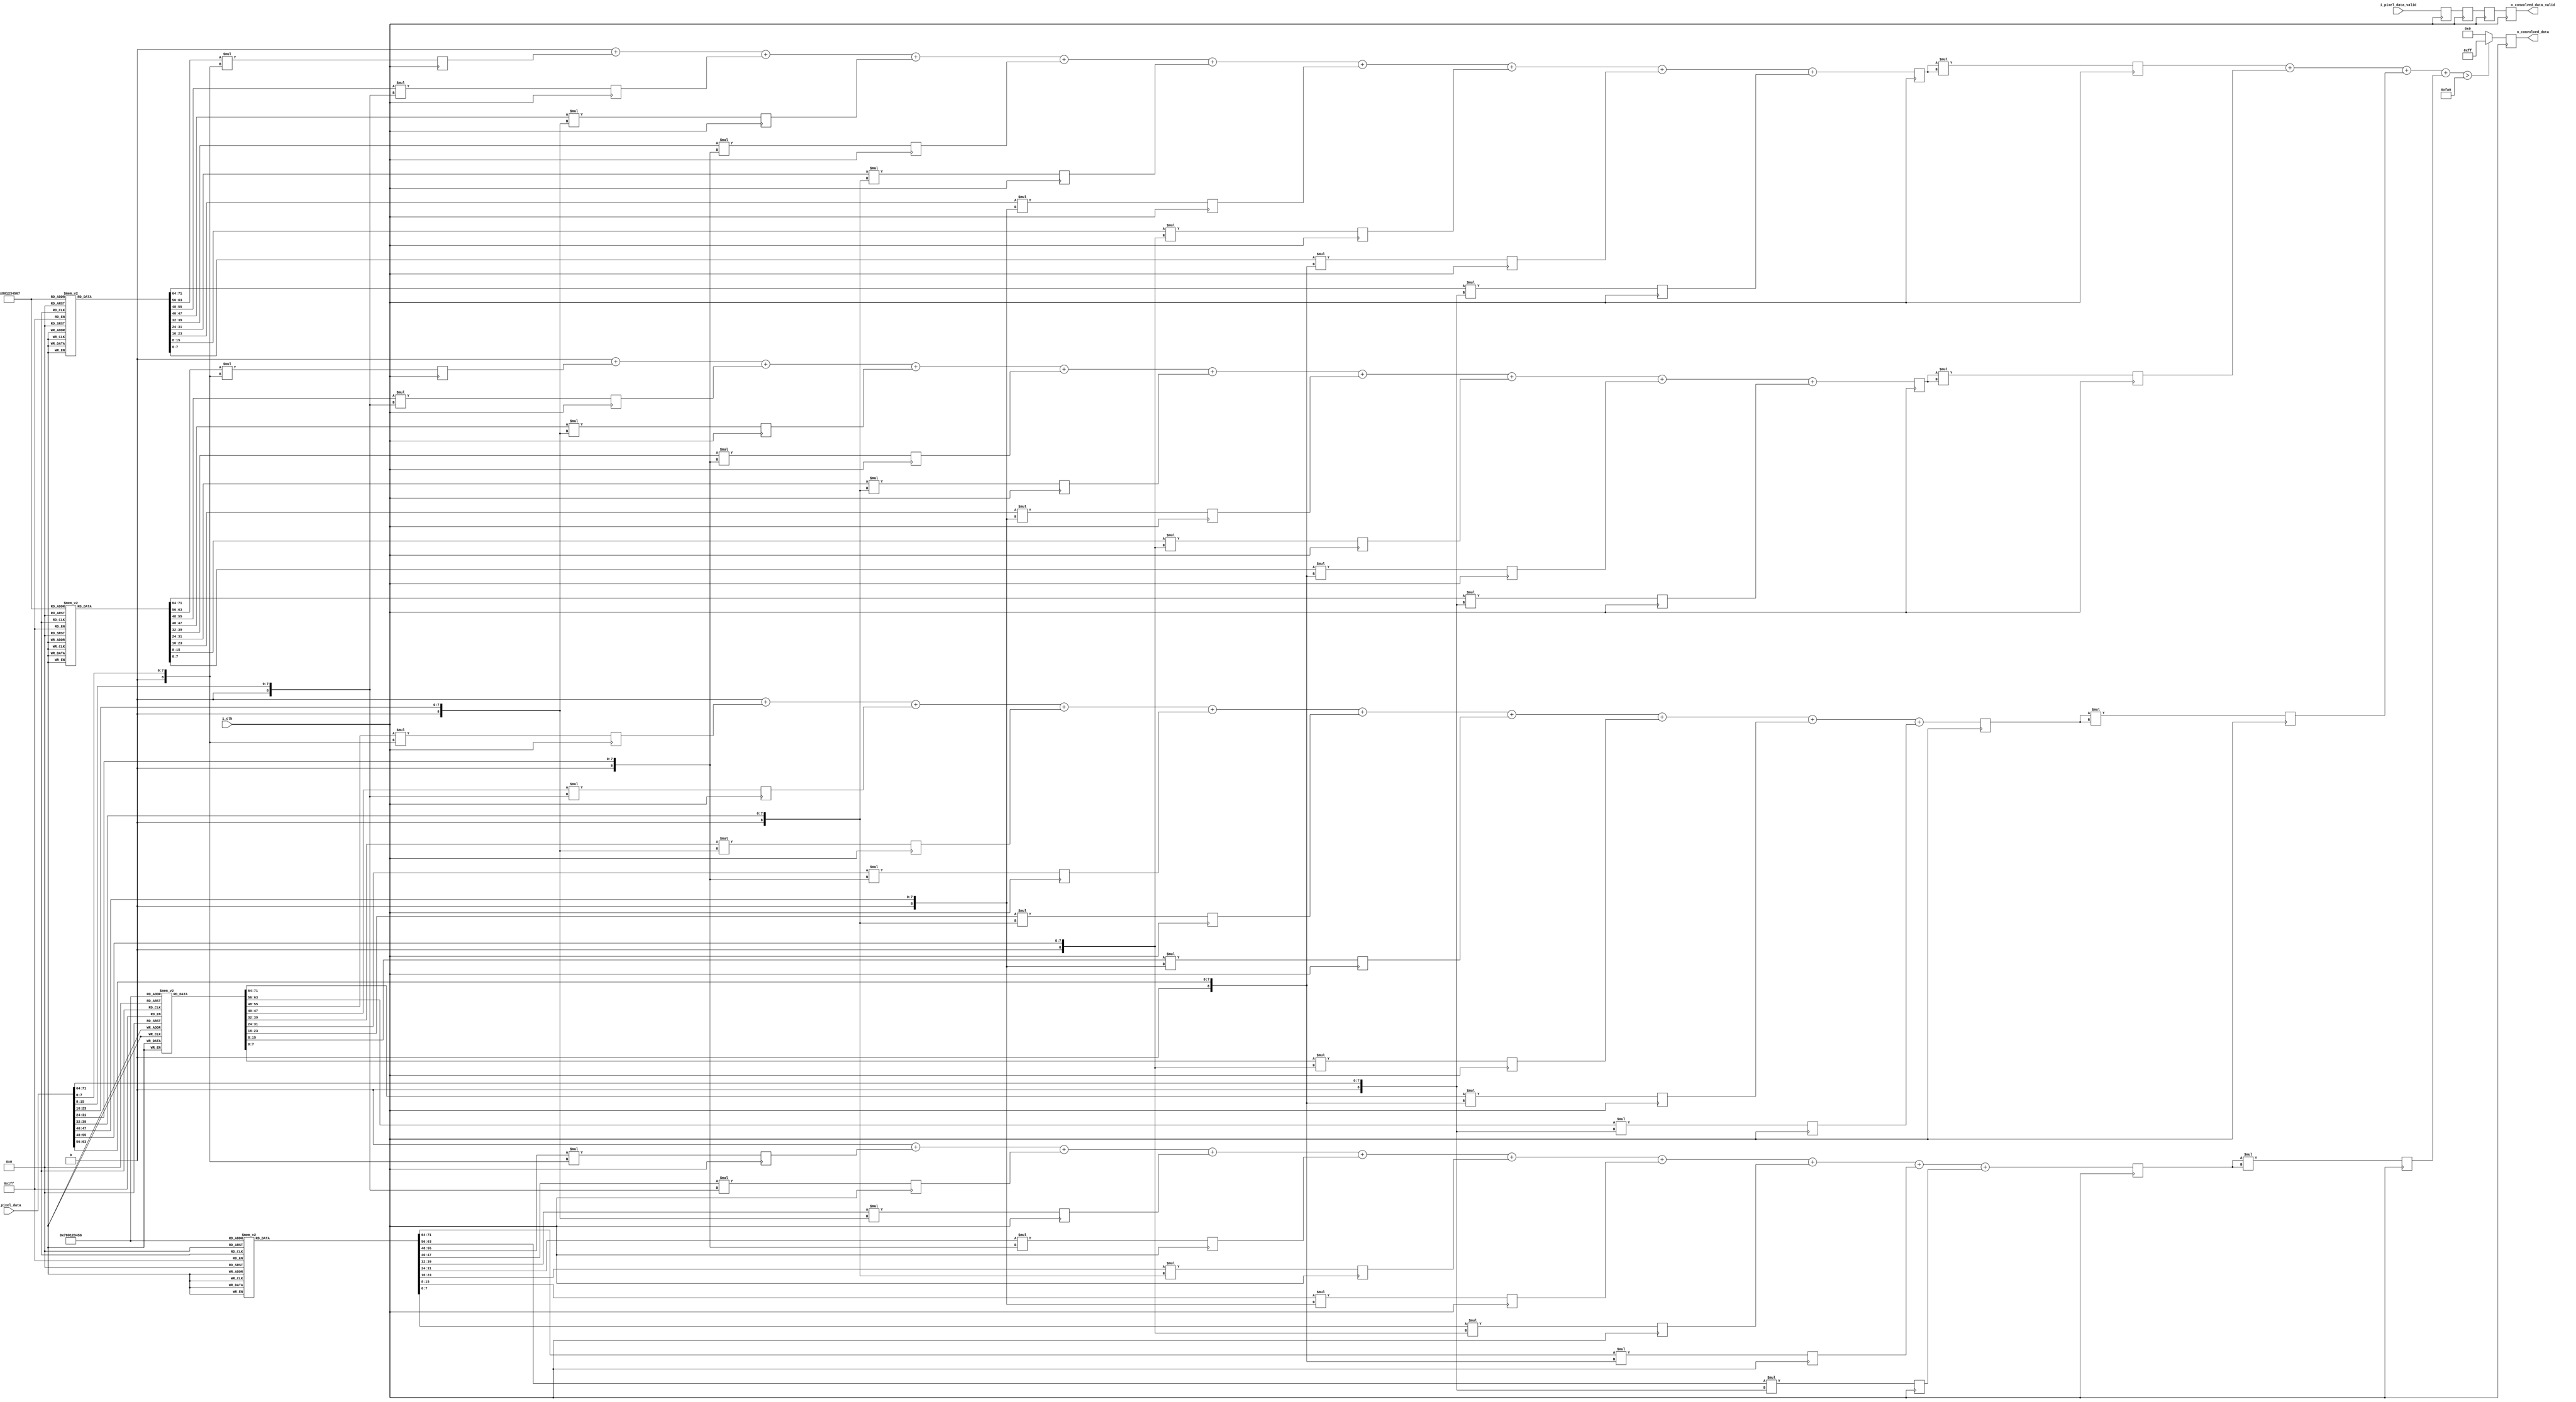
`timescale 1ns / 1ps
//////////////////////////////////////////////////////////////////////////////////
// Company: 
// Engineer: 
// 
// Design Name: 
// Module Name: conv
// Project Name: 
// Target Devices: 
// Tool Versions: 
// Description: 
// 
// Dependencies: 
// 
// Revision:
// Revision 0.01 - File Created
// Additional Comments:
// 
//////////////////////////////////////////////////////////////////////////////////


module conv (
    input        i_clk,
    input [71:0] i_pixel_data,
    input        i_pixel_data_valid,
    output reg [7:0] o_convolved_data,
    output reg   o_convolved_data_valid
);

integer i; 
reg [7:0] kernel1 [8:0];
reg [7:0] kernel2 [8:0];
reg [7:0] kernel3 [8:0];
reg [7:0] kernel4 [8:0];
reg [10:0] multData1[8:0];
reg [10:0] multData2[8:0];
reg [10:0] multData3[8:0];
reg [10:0] multData4[8:0];
reg [10:0] sumDataInt1;
reg [10:0] sumDataInt2;
reg [10:0] sumDataInt3;
reg [10:0] sumDataInt4;
reg [10:0] sumData1;
reg [10:0] sumData2;
reg [10:0] sumData3;
reg [10:0] sumData4;
reg multDataValid;
reg sumDataValid;
reg convolved_data_valid;
reg [20:0] convolved_data_int1;
reg [20:0] convolved_data_int2;
reg [20:0] convolved_data_int3;
reg [20:0] convolved_data_int4;
wire [21:0] convolved_data_int;
reg convolved_data_int_valid;

initial begin
    // Sobel operator kernels
    kernel1[0] =  1; kernel1[1] =  0; kernel1[2] = -1;
    kernel1[3] =  2; kernel1[4] =  0; kernel1[5] = -2;
    kernel1[6] =  1; kernel1[7] =  0; kernel1[8] = -1;

    kernel2[0] =  1; kernel2[1] =  2; kernel2[2] =  1;
    kernel2[3] =  0; kernel2[4] =  0; kernel2[5] =  0;
    kernel2[6] = -1; kernel2[7] = -2; kernel2[8] = -1;
    
    // Prewitt operator kernels
    kernel3[0] =  1; kernel3[1] =  0; kernel3[2] = -1;
    kernel3[3] =  1; kernel3[4] =  0; kernel3[5] = -1;
    kernel3[6] =  1; kernel3[7] =  0; kernel3[8] = -1;

    kernel4[0] =  1; kernel4[1] =  1; kernel4[2] =  1;
    kernel4[3] =  0; kernel4[4] =  0; kernel4[5] =  0;
    kernel4[6] = -1; kernel4[7] = -1; kernel4[8] = -1;
end    
    
always @(posedge i_clk) begin
    for (i = 0; i < 9; i = i + 1) begin
        multData1[i] <= $signed(kernel1[i]) * $signed({1'b0, i_pixel_data[i*8 +: 8]});
        multData2[i] <= $signed(kernel2[i]) * $signed({1'b0, i_pixel_data[i*8 +: 8]});
        multData3[i] <= $signed(kernel3[i]) * $signed({1'b0, i_pixel_data[i*8 +: 8]});
        multData4[i] <= $signed(kernel4[i]) * $signed({1'b0, i_pixel_data[i*8 +: 8]});
    end
    multDataValid <= i_pixel_data_valid;
end

always @(*) begin
    sumDataInt1 = 0; sumDataInt2 = 0;
    sumDataInt3 = 0; sumDataInt4 = 0;
    for (i = 0; i < 9; i = i + 1) begin
        sumDataInt1 = $signed(sumDataInt1) + $signed(multData1[i]);
        sumDataInt2 = $signed(sumDataInt2) + $signed(multData2[i]);
        sumDataInt3 = $signed(sumDataInt3) + $signed(multData3[i]);
        sumDataInt4 = $signed(sumDataInt4) + $signed(multData4[i]);
    end
end

always @(posedge i_clk) begin
    sumData1 <= sumDataInt1; 
    sumData2 <= sumDataInt2;
    sumData3 <= sumDataInt3; 
    sumData4 <= sumDataInt4;
    sumDataValid <= multDataValid;
end

always @(posedge i_clk) begin
    convolved_data_int1 <= $signed(sumData1) * $signed(sumData1);
    convolved_data_int2 <= $signed(sumData2) * $signed(sumData2);
    convolved_data_int3 <= $signed(sumData3) * $signed(sumData3);
    convolved_data_int4 <= $signed(sumData4) * $signed(sumData4);
    convolved_data_int_valid <= sumDataValid;
end

assign convolved_data_int = convolved_data_int1 + convolved_data_int2 + convolved_data_int3 + convolved_data_int4;
    
always @(posedge i_clk) begin
    if (convolved_data_int > 4000)
        o_convolved_data <= 8'hff;
    else
        o_convolved_data <= 8'h00;
    o_convolved_data_valid <= convolved_data_int_valid;
end

endmodule